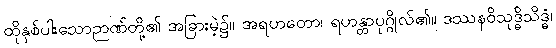
ထိုနှစ်ပါးသောဉာဏ်တို့၏ အခြားမဲ့၌။ အရဟတော၊ ရဟန္တာပုဂ္ဂိုလ်၏။ ဒဿနဝိသုဒ္ဓိသိဒ္ဓံ၊